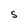
Character: S